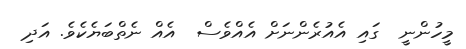
މީހުންނީ  ގައި އެއުރެންނަށް އެއްވެސް  އެއް ނެތްބަޔެކެވެ. އަދި